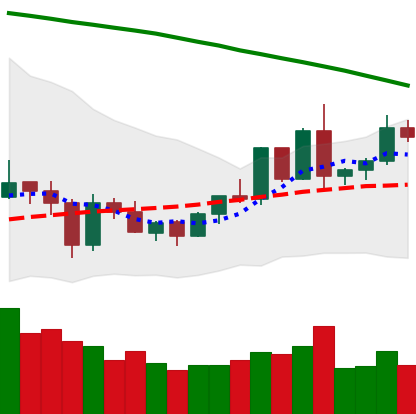
Ticker: EOS-USD
Chart end date: 2020-06-06
Forward return: -9.318%
Label: down_7plus